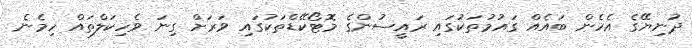
ދުނިޔޭގެ އެހެން ބައެއް ގައުމުތަކުގައި ރައީސުންގެ މޮޓޯކޭޑްތަކުގައި ވަރަށް ގިނަ ވެހިކަލްތައް ހިމެނެ